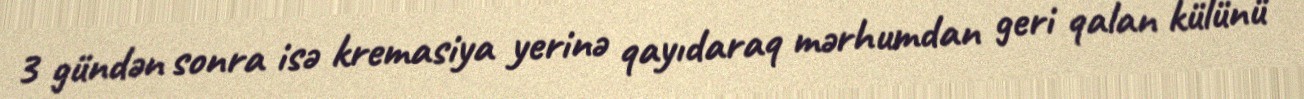
3 gündən sonra isə kremasiya yerinə qayıdaraq mərhumdan geri qalan külünü